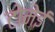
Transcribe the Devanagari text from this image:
टोमेई